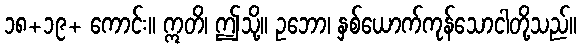
၁၈+၁၉+ ကောင်း။ ဣတိ၊ ဤသို့။ ဥဘော၊ နှစ်ယောက်ကုန်သောငါတို့သည်။